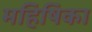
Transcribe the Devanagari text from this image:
महिषिका